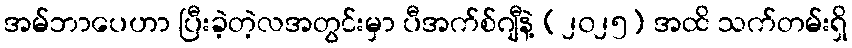
အမ်ဘာပေဟာ ပြီးခဲ့တဲ့လအတွင်းမှာ ပီအက်စ်ဂျီနဲ့ (၂၀၂၅) အထိ သက်တမ်းရှိ